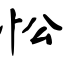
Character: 忪